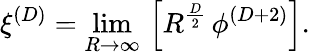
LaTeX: \xi^{(D)}=\operatorname*{lim}_{R\rightarrow\infty}\, \left[R^{\frac{D}{2}}\, \phi^{(D+2)}\right].